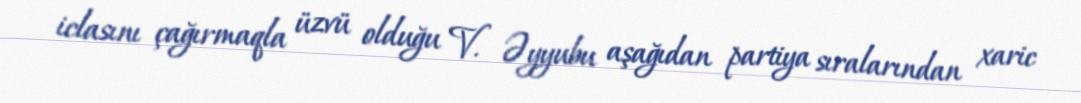
iclasını çağırmaqla üzvü olduğu V. Əyyubu aşağıdan partiya sıralarından xaric